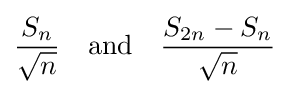
{\frac {S_{n}}{\sqrt {n}}}\quad {\text{and}}\quad {\frac {S_{2n}-S_{n}}{\sqrt {n}}}